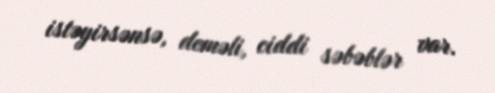
istəyirsənsə, deməli, ciddi səbəblər var.